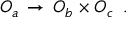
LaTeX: { \cal O } _ { a } \, \rightarrow \, { \cal O } _ { b } \times { \cal O } _ { c } \, \, \, .